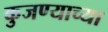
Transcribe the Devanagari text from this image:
कुजण्याच्या